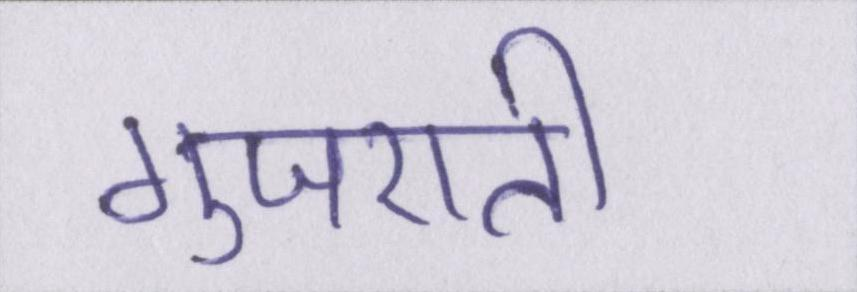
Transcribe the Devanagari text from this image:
गुजराती